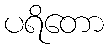
ပရိတော